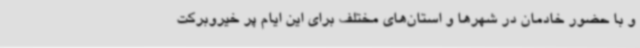
و با حضور خادمان در شهرها و استان‌های مختلف برای این ایام پر خیروبرکت